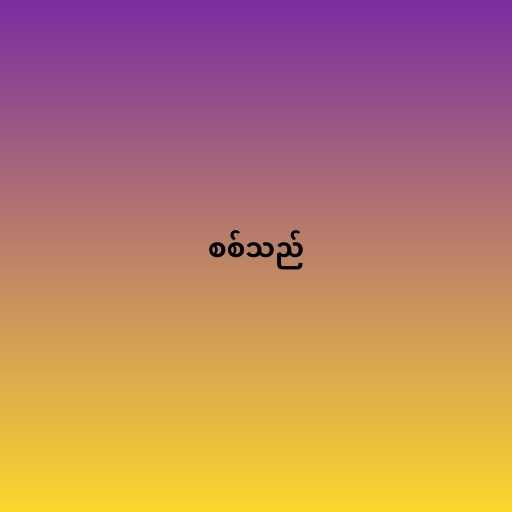
စစ်သည်